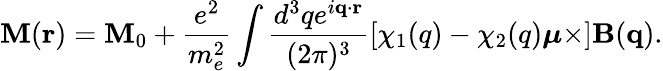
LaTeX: \mathbf{M}(\mathbf{r})=\mathbf{M}_{0}+\frac{e^{2}}{m_{e}^{2}}\int\frac{d^{3}qe^{i\mathbf{q}\cdot\mathbf{r}}}{(2\pi)^{3}}\left[\chi_{1}(q)-\chi_{2}(q)\boldsymbol{\mu}\times\right]\mathbf{B}(\mathbf{q}).